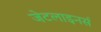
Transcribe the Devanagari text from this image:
जेटलाइनर्स